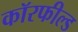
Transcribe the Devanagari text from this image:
कॉरफील्ड